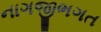
નાગજીભગત